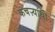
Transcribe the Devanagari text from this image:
कचऱ्यांची